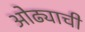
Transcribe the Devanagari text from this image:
ओढ्याची